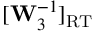
[ \mathbf { W } _ { 3 } ^ { - 1 } ] _ { \mathrm { R T } }